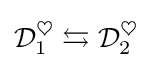
{\mathcal {D}}_{1}^{\heartsuit }\leftrightarrows {\mathcal {D}}_{2}^{\heartsuit }